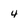
Character: 4